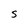
Character: S